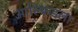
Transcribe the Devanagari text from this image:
आल्फ्रिडला